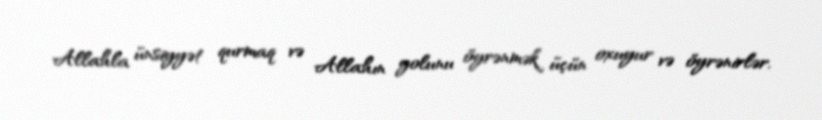
Allahla ünsiyyət qurmaq və Allahın yolunu öyrənmək üçün oxuyur və öyrənirlər.